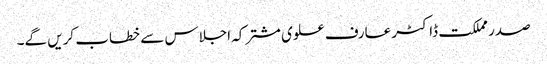
صدر مملکت ڈاکٹر عارف علوی مشترکہ اجلاس سے خطاب کریں گے۔